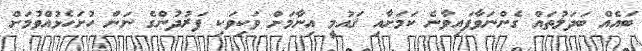
ބައެއް ބަދަލުތައް ގެންނަވާފައިވާނެ ކަމަށާއި ޤައުމީ އިނާމަށް ވަކިވަކި ފަރުދުންގެ ނަން ހުށަހެޅުއްވުމަށް